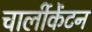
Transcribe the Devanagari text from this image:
चार्लीकेंटन